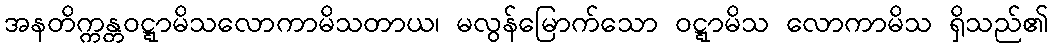
အနတိက္ကန္တဝဋ္ဋာမိသလောကာမိသတာယ၊ မလွန်မြောက်သော ဝဋ္ဋာမိသ လောကာမိသ ရှိသည်၏